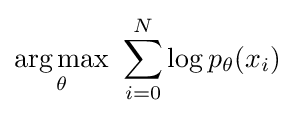
{\underset {\theta }{\operatorname {arg\,max} }}\ \sum _{i=0}^{N}\log p_{\theta }(x_{i})